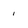
Character: 1